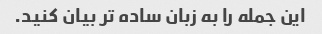
این جمله را به زبان ساده تر بیان کنید.